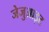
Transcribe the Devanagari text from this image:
जेजुआइट